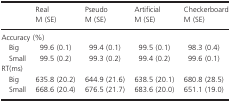
<table><thead><tr><td rowspan="2"></td><td><b>Real</b></td><td><b>Pseudo</b></td><td><b>Artificial</b></td><td><b>Checkerboard</b></td></tr><tr><td><b>M (SE)</b></td><td><b>M (SE)</b></td><td><b>M (SE)</b></td><td><b>M (SE)</b></td></tr></thead><tbody><tr><td colspan="5">Accuracy (%)</td></tr><tr><td>Big</td><td>99.6 (0.1)</td><td>99.4 (0.1)</td><td>99.5 (0.1)</td><td>98.3 (0.4)</td></tr><tr><td>Small</td><td>99.5 (0.2)</td><td>99.3 (0.2)</td><td>99.4 (0.2)</td><td>99.6 (0.1)</td></tr><tr><td colspan="5">RT(ms)</td></tr><tr><td>Big</td><td>635.8 (20.2)</td><td>644.9 (21.6)</td><td>638.5 (20.1)</td><td>680.8 (28.5)</td></tr><tr><td>Small</td><td>668.6 (20.4)</td><td>676.5 (21.7)</td><td>683.6 (20.0)</td><td>651.1 (19.0)</td></tr></tbody></table>